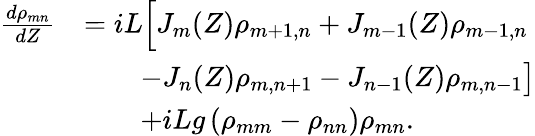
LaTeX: \begin{array}{rl}{\frac{d\rho_{mn}}{dZ}}&{=iL\Big[J_{m}(Z)\rho_{m+1,n}+J_{m-1}(Z)\rho_{m-1,n}}\\ &{\qquad-J_{n}(Z)\rho_{m,n+1}-J_{n-1}(Z)\rho_{m,n-1}\big]}\\ &{\qquad+iLg\left(\rho_{mm}-\rho_{nn}\right)\rho_{mn}.}\end{array}